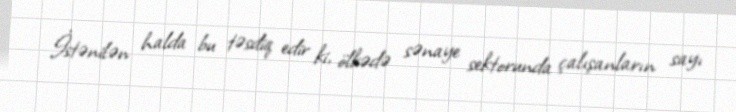
İstənilən halda bu təsdiq edir ki, ölkədə sənaye sektorunda çalışanların sayı